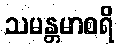
သမန္တမာစရိ